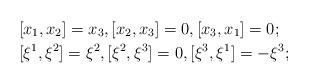
LaTeX: \begin{align*}&[x_1,x_2]=x_3, [x_2, x_3]=0, [x_3, x_1]=0;\\&[\xi^1,\xi^2]=\xi^2, [\xi^2, \xi^3]=0, [\xi^3, \xi^1]=-\xi^3;\end{align*}